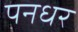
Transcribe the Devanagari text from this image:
पनधर